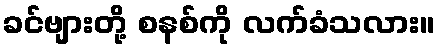
ခင်ဗျားတို့ စနစ်ကို လက်ခံသလား။